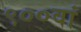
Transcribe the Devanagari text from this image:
९००वां